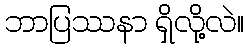
ဘာပြဿနာ ရှိလို့လဲ။